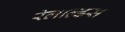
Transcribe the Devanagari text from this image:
रेलाल्डस